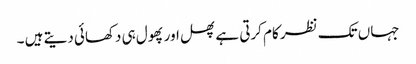
جہاں تک نظر کام کرتی ہے پھل اور پھول ہی دکھائی دیتے ہیں ۔